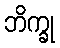
ဘိက္ခု